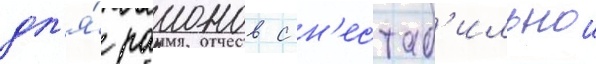
дл'я́ раионов с н'естаб'ильнои